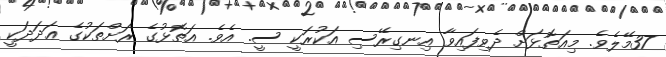
37މޭލެވެ. މިއަތޮޅަށް ދެވިފައިވާ އިނގިރޭސި އަކުރަކީ ސީ. އެވެ. އަތޮޅުގެ ރަށްތަކުގެ ޢަދަދަކީ